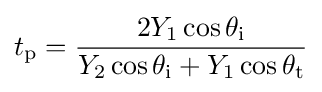
t_{\text{p}}={\frac {2Y_{1}\cos \theta _{\text{i}}}{Y_{2}\cos \theta _{\text{i}}+Y_{1}\cos \theta _{\text{t}}}}